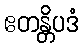
ဧတန္တိပဒံ